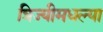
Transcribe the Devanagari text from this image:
त्रिज्यीमधल्या